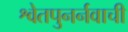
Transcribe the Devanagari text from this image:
श्वेतपुनर्नवाची